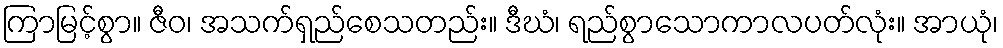
ကြာမြင့်စွာ။ ဇီဝ၊ အသက်ရှည်စေသတည်း။ ဒီဃံ၊ ရည်စွာသောကာလပတ်လုံး။ အာယုံ၊